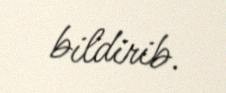
bildirib.